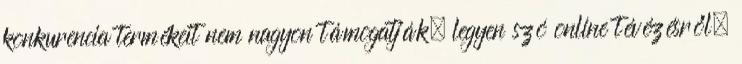
konkurencia termékeit nem nagyon támogatják, legyen szó online tévézésről,